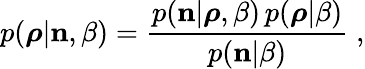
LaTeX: p(\boldsymbol{\rho}|{\mathbf n},\beta)=\frac{p({\mathbf n}|\boldsymbol{\rho},\beta)\, {p}(\boldsymbol{\rho}|\beta)}{p({\mathbf n}|\beta)}\; ,